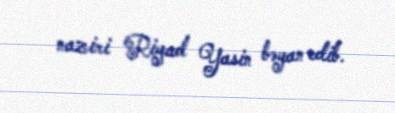
naziri Riyad Yasin bəyan edib.